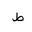
Letter: _da